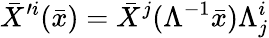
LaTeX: \bar{X}^{\prime i}(\bar{x})=\bar{X}^{j}(\Lambda^{-1}\bar{x})\Lambda_{j}^{i}